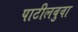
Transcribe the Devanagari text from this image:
पाटीलबुवा